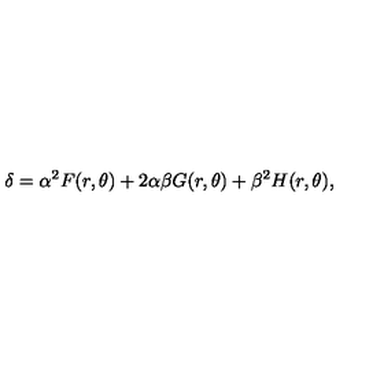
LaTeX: \delta = \alpha ^ { 2 } F ( r , \theta ) + 2 \alpha \beta G ( r , \theta ) + \beta ^ { 2 } H ( r , \theta ) ,